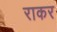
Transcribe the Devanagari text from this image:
राकर